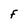
Character: F